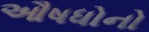
ઔષધોનો